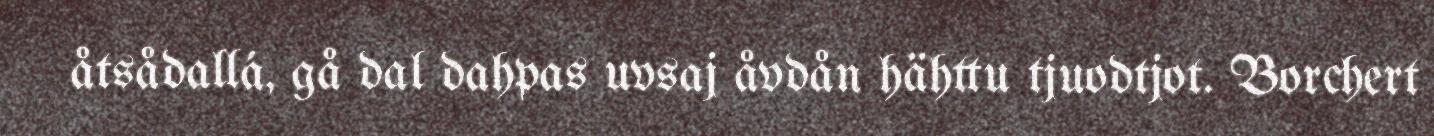
åtsådallá, gå dal dahpas uvsaj åvdån hähttu tjuodtjot. Borchert